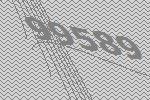
99589